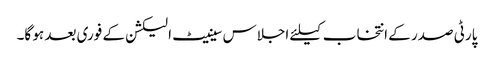
پارٹی صدر کے انتخاب کیلئے اجلاس سینیٹ الیکشن کے فوری بعد ہو گا۔